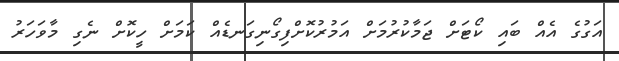
އަގުގެ އެއް ބައި ކޯޓަށް ޖަމާކުރުމަށް އަމުރުކޮށްފިގޯނިގަނޑެއް ކަމަށް ހީކޮށް ނެގި މާވަހަރު